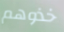
خذوهم